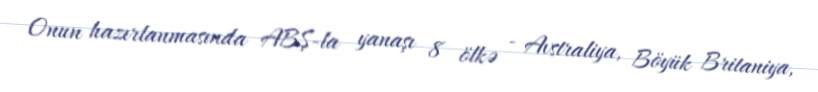
Onun hazırlanmasında ABŞ-la yanaşı 8 ölkə - Avstraliya, Böyük Britaniya,